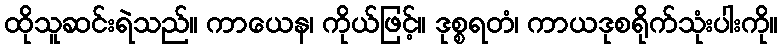
ထိုသူဆင်းရဲသည်။ ကာယေန၊ ကိုယ်ဖြင့်။ ဒုစ္စရတံ၊ ကာယဒုစရိုက်သုံးပါးကို။